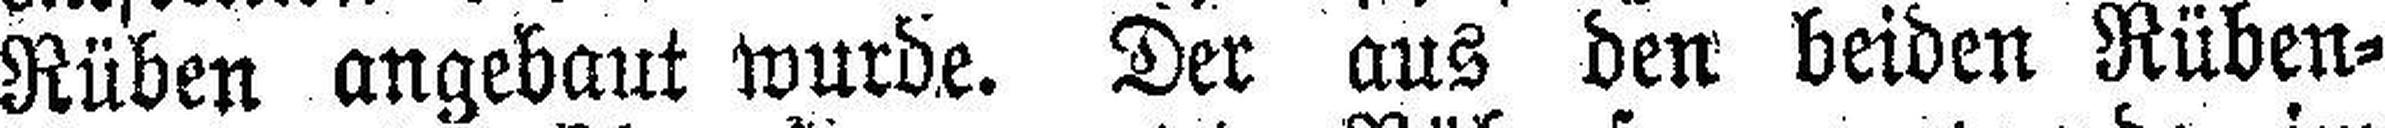
Rüben angebaut wurde. Der aus den beiden Rüben¬